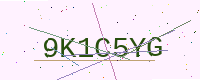
Text: 9K1C5YG